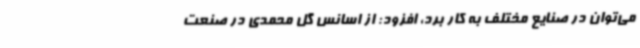
می‌توان در صنایع مختلف به کار برد، افزود: از اسانس گل محمدی در صنعت